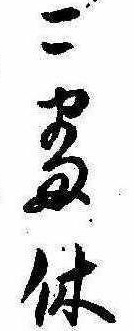
二番休